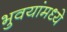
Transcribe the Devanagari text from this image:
भुवयांमध्ये